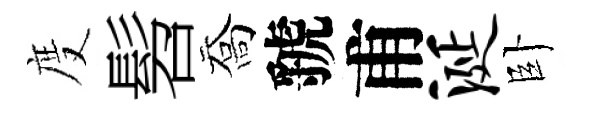
度髫喬虢甫涎卧